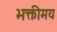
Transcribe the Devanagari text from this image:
भक्तीमय